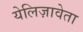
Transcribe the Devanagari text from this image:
येलिज़ावेता